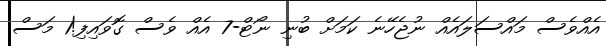
އެއްވެސް މައްސަލައެއް ނުޖެހޭނެ ކަމަށް ބުނި ނޯޓް-7 އެއް ވެސް ގޮވައިފި!1 މަސް